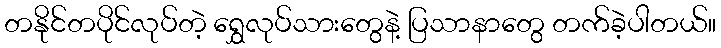
တနိုင်တပိုင်လုပ်တဲ့ ရွှေလုပ်သားတွေနဲ့ ပြသာနာတွေ တက်ခဲ့ပါတယ်။